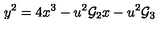
y ^ { 2 } = 4 x ^ { 3 } - u ^ { 2 } { \cal { G } } _ { 2 } x - u ^ { 2 } { \cal { G } } _ { 3 }